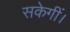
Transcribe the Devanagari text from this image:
सकेगीं।